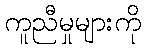
ကူညီမှုများကို